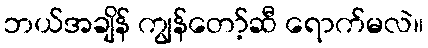
ဘယ်အချိန် ကျွန်တော့်ဆီ ရောက်မလဲ။